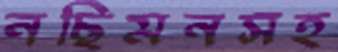
নছিমনসহ